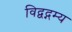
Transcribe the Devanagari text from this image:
विद्वद्गम्य